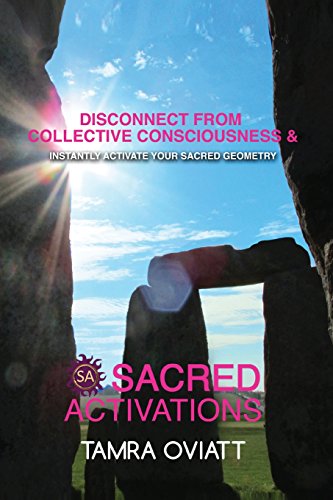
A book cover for Sacred Activations: Disconnect from Collective Consciousness and Instantly Activate Your Sacred Geometry; Tamra Oviatt; Religion & Spirituality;